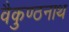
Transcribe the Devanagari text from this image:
वैकुण्ठनाथ